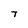
Character: 7